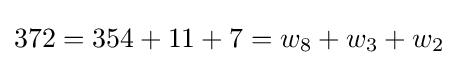
372=354+11+7=w_{8}+w_{3}+w_{2}